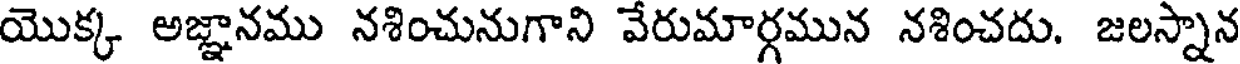
యొక్క అజ్ఞానము నశించునుగాని వేరుమార్గమున నశించదు. జలస్నాన